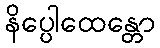
နိပ္ပေါထေန္တော